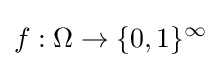
f:\Omega \to \{0,1\}^{\infty }